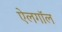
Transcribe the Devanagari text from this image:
ऐलगॉल